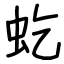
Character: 虼